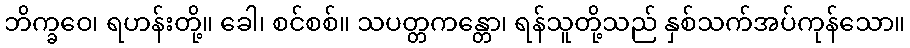
ဘိက္ခဝေ၊ ရဟန်းတို့။ ခေါ၊ စင်စစ်။ သပတ္တကန္တော၊ ရန်သူတို့သည် နှစ်သက်အပ်ကုန်သော။